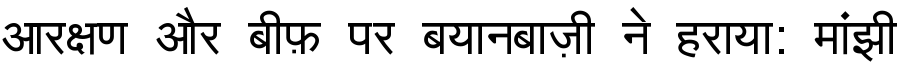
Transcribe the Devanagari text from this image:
आरक्षण और बीफ़ पर बयानबाज़ी ने हराया: मांझी